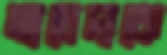
মাচেদাকে